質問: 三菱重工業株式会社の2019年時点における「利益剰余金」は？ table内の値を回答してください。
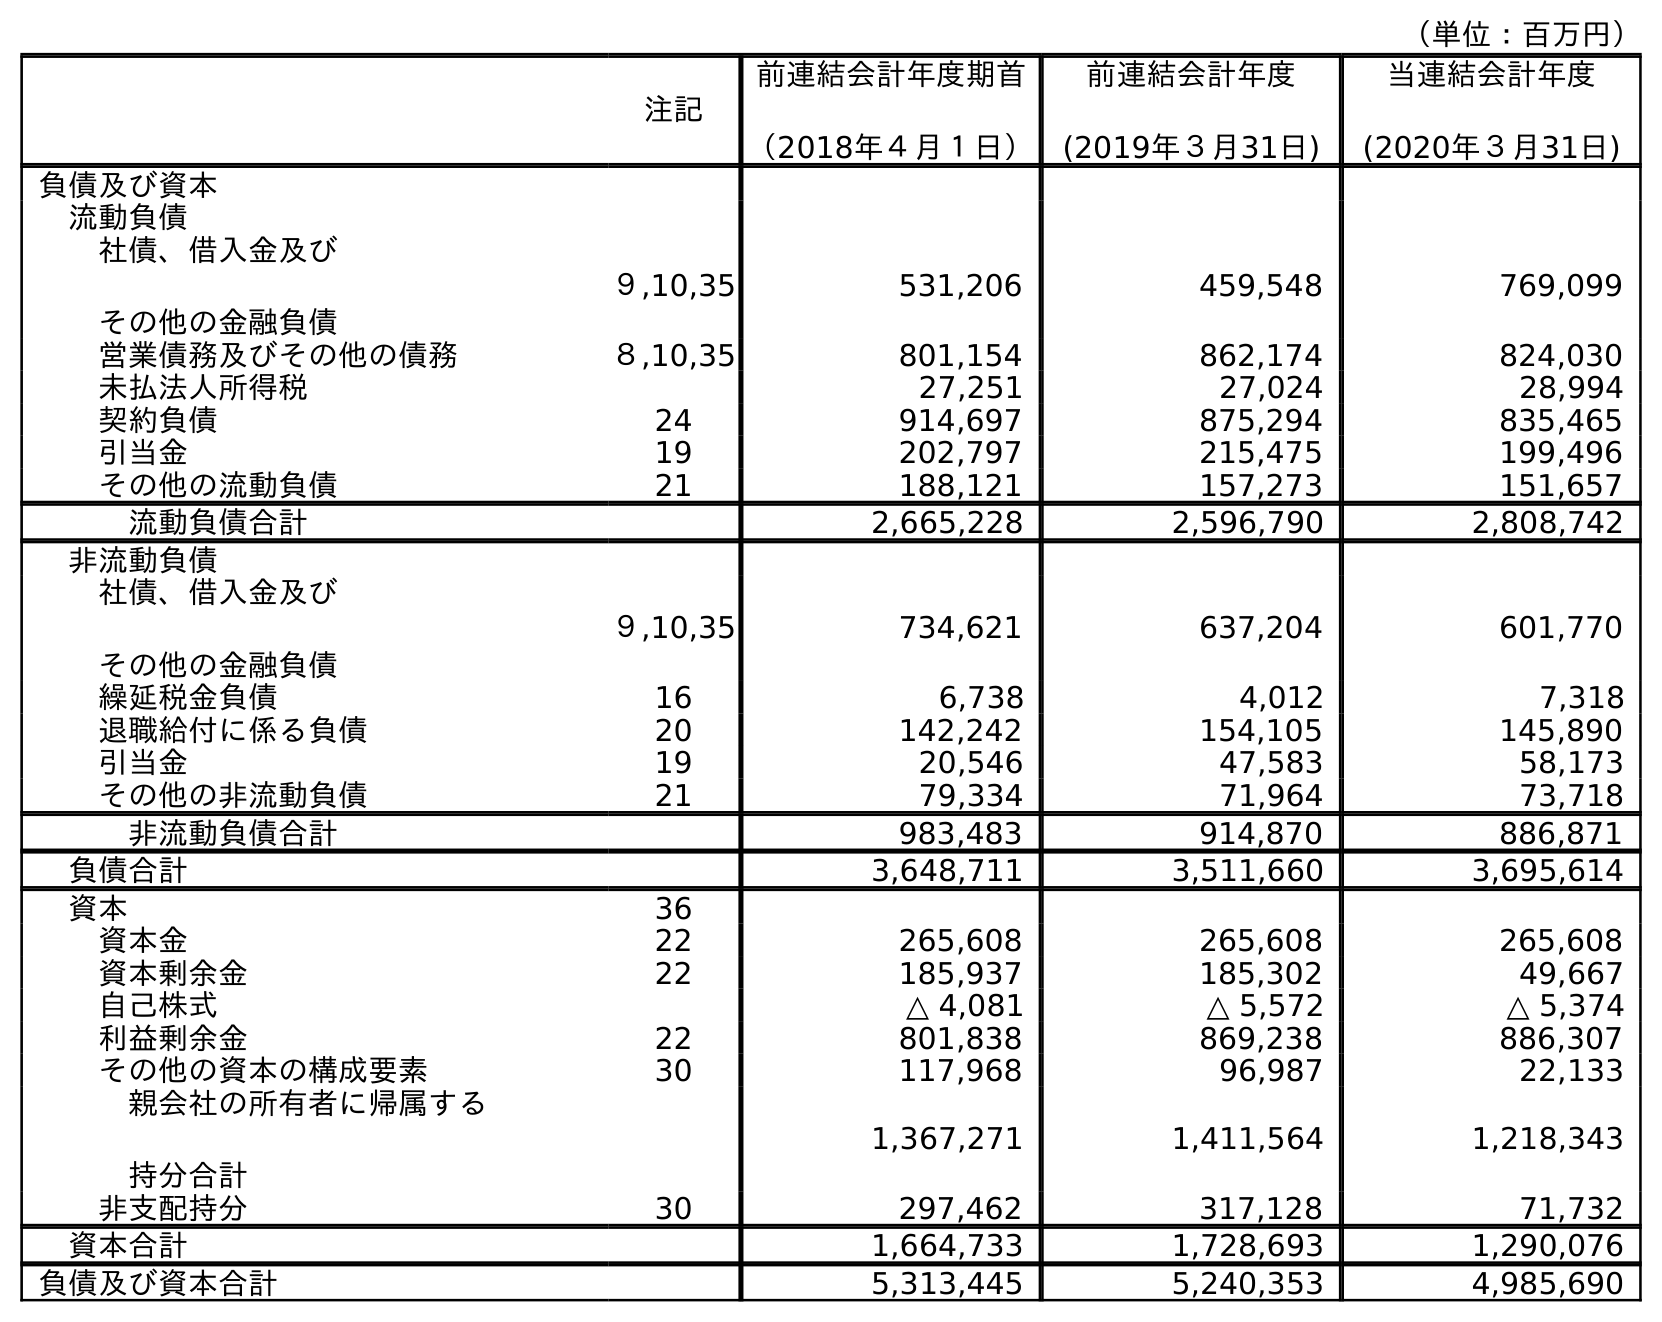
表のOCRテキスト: （単位：百万円） 注記 前連結会計年度期首 （2018年４月１日） 前連結会計年度 (2019年３月31日) 当連結会計年度 (2020年３月31日) 負債及び資本 流動負債 社債、借入金及び その他の金融負債 ９,10,35 531,206 459,548 769,099 営業債務及びその他の債務 ８,10,35 801,154 862,174 824,030 未払法人所得税 27,251 27,024 28,994 契約負債 24 914,697 875,294 835,465 引当金 19 202,797 215,475 199,496 その他の流動負債 21 188,121 157,273 151,657 流動負債合計 2,665,228 2,596,790 2,808,742 非流動負債 社債、借入金及び その他の金融負債 ９,10,35 734,621 637,204 601,770 繰延税金負債 16 6,738 4,012 7,318 退職給付に係る負債 20 142,242 154,105 145,890 引当金 19 20,546 47,583 58,173 その他の非流動負債 21 79,334 71,964 73,718 非流動負債合計 983,483 914,870 886,871 負債合計 3,648,711 3,511,660 3,695,614 資本 36 資本金 22 265,608 265,608 265,608 資本剰余金 22 185,937 185,302 49,667 自己株式 △ 4,081 △ 5,572 △ 5,374 利益剰余金 22 801,838 869,238 886,307 その他の資本の構成要素 30 117,968 96,987 22,133 親会社の所有者に帰属する 持分合計 1,367,271 1,411,564 1,218,343 非支配持分 30 297,462 317,128 71,732 資本合計 1,664,733 1,728,693 1,290,076 負債及び資本合計 5,313,445 5,240,353 4,985,690
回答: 869,238